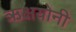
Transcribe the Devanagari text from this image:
ऋक्षयोनी